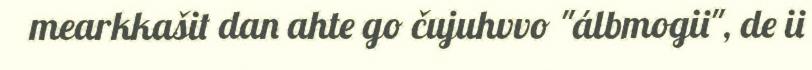
mearkkašit dan ahte go čujuhvvo "álbmogii", de ii